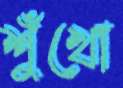
শুঁখো